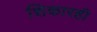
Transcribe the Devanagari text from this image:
शिकारही